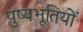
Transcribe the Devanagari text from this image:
पुष्यभूतियों